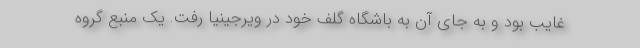
غایب بود و به جای آن به باشگاه گلف خود در ویرجینیا رفت. یک منبع گروه